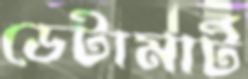
ডেটামার্ট